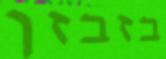
בזבזן